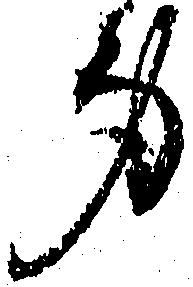
身